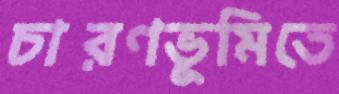
চারণভূমিতে